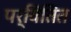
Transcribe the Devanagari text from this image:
पर्वितित